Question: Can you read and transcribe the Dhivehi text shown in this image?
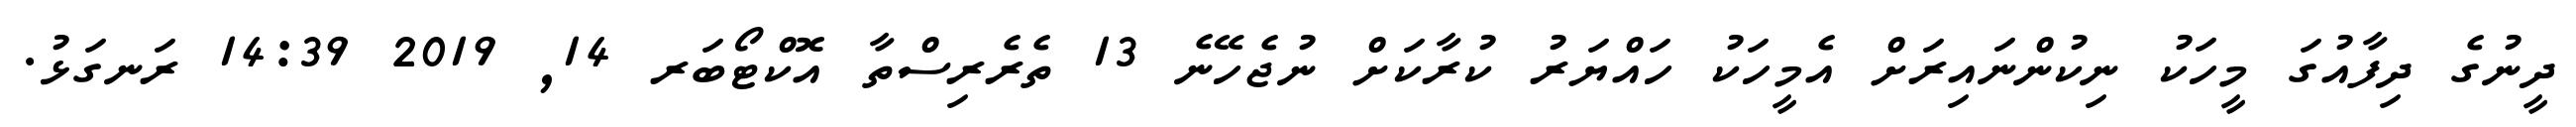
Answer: ދީނުގެ ދިފާއުގަ މީހަކު ނިކުންނައިރަށް އެމީހަކު ހައްޔަރު ކުރާކަށް ނުޖެހޭނެ 13 ތެރެރިސްތާ އޮކްޓޯބަރ 14, 2019 14:39 ރަނގަޅު.